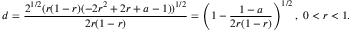
d = \frac { 2 ^ { 1 / 2 } ( r ( 1 - r ) ( - 2 r ^ { 2 } + 2 r + a - 1 ) ) ^ { 1 / 2 } } { 2 r ( 1 - r ) } = \left( 1 - \frac { 1 - a } { 2 r ( 1 - r ) } \right) ^ { 1 / 2 } , \ 0 < r < 1 .